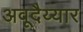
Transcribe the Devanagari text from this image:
अवूदैय्यार